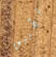
تطبيق